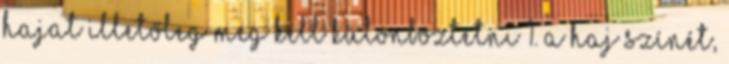
hajat illetőleg meg kell különböztetni 1. a haj színét,